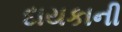
દાયકાની